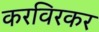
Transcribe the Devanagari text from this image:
करविरकर